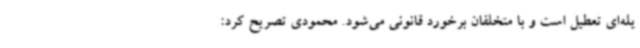
یله‌ای تعطیل است و با متخلفان برخورد قانونی می‌شود. محمودی تصریح کرد: